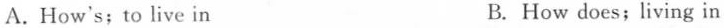
A. How's;to live in B. How does;living in